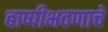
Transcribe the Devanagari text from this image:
बाष्पीभवणाचे